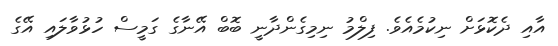
އާއި ދެކޮޅަށް ނިކުމެއެވެ. ފިލްމު ނިމިގެންދާނީ ބޮބް އޭނާގެ ގަމީސް ހުޅުވާލައި އޭގެ